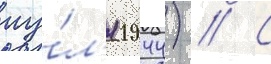
иу́л'я 1944) // С